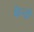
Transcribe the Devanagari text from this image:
फेन्डी